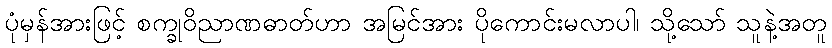
ပုံမှန်အားဖြင့် စက္ခုဝိညာဏဓာတ်ဟာ အမြင်အား ပိုကောင်းမလာပါ၊ သို့သော် သူနဲ့အတူ